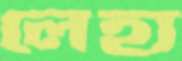
লেহ্য